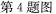
第4题图